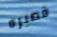
قصيره